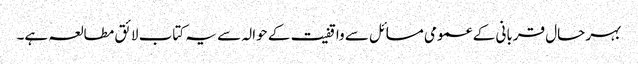
بہر حال قربانی کے عمومی مسائل سے واقفیت کے حوالہ سے یہ کتاب لائق مطالعہ ہے۔